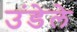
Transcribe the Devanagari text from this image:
उंडेले